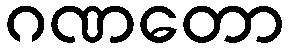
ဂဏတော